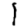
Digit: 1